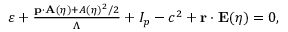
\begin{array} { r } { \varepsilon + \frac { \mathbf { p } \cdot \mathbf { A } ( \eta ) + A ( \eta ) ^ { 2 } / 2 } { \Lambda } + I _ { p } - c ^ { 2 } + \mathbf { r } \cdot \mathbf { E } ( \eta ) = 0 , } \end{array}